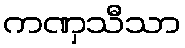
ကဏှသီသာ